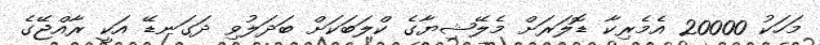
މަހަކު 20000 އެމެރިކާ ޑޮލަރަށް މެލޭޝިޔާގެ ކްލަބަކަށް ބަދަލުވި ދަގަނޑޭ އަކީ ރާއްޖޭގެ